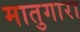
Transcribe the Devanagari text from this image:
मातुगारा